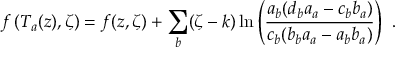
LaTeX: f \left( T _ { a } ( z ) , \zeta \right) = f ( z , \zeta ) + \sum _ { b } ( \zeta - k ) \ln \left( \frac { a _ { b } ( d _ { b } a _ { a } - c _ { b } b _ { a } ) } { c _ { b } ( b _ { b } a _ { a } - a _ { b } b _ { a } ) } \right) \ .